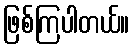
ဖြစ်ကြပါတယ်။